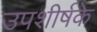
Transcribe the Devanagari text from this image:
उपशीर्षके